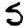
Digit: 5